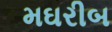
મઘરીબ